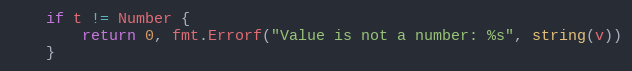
Language: Go
	if t != Number {
		return 0, fmt.Errorf("Value is not a number: %s", string(v))
	}